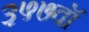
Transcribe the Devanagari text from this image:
३५७वॉ